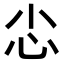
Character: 𢖿